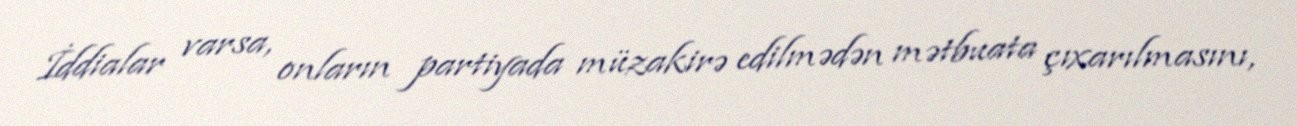
İddialar varsa, onların partiyada müzakirə edilmədən mətbuata çıxarılmasını,